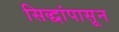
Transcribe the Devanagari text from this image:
सिद्धांपासून